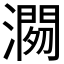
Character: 𱩓